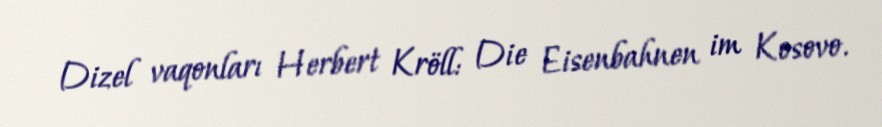
Dizel vaqonları Herbert Kröll: Die Eisenbahnen im Kosovo.